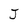
Character: J